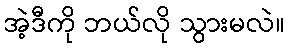
အဲ့ဒီကို ဘယ်လို သွားမလဲ။